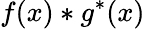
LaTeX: f(x)*g^{*}(x)